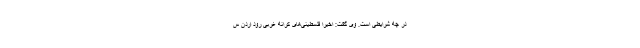
در چه شرایطی است. وی گفت: اخیرا فلسطینی‌های کرانه غربی رود اردن س